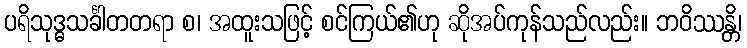
ပရိသုဒ္ဓသင်္ခါတတရာ စ၊ အထူးသဖြင့် စင်ကြယ်၏ဟု ဆိုအပ်ကုန်သည်လည်း။ ဘဝိဿန္တိ၊